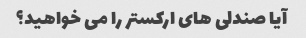
آیا صندلی های ارکستر را می خواهید؟